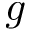
g